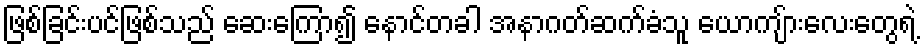
ဖြစ်ခြင်းပင်ဖြစ်သည် ဆေးကြော၍ နောင်တခါ အနာဂတ်ဆက်ခံသူ ယောကျ်ားလေးတွေရဲ့